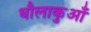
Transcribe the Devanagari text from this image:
धौलाकुआँ